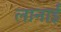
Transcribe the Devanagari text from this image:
लानाई